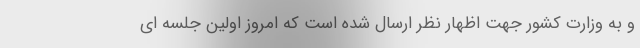
و به وزارت کشور جهت اظهار نظر ارسال شده است که امروز اولین جلسه ای